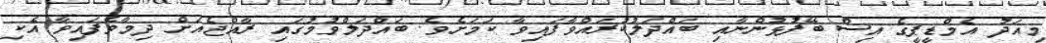
މިއަދު އެމްޑީޕީގެ އިސް ބޭފުޅުންނާއި ބައްދަލުކުރައްވާފައިވާ ކަމަށެވެ. ބައްދަލްވުމުގައި ރާއްޖެއަށް ދިމާވެފައިވާ އެކި